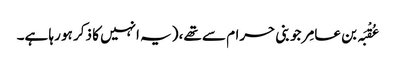
عُقْبَہ بن عامِر جو بنی حرام سے تھے، (یہ انہیں کا ذکر ہو رہا ہے۔